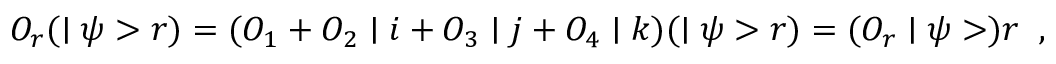
{ \cal O } _ { r } ( \mid \psi > r ) = ( { \cal O } _ { 1 } + { \cal O } _ { 2 } \mid i + { \cal O } _ { 3 } \mid j + { \cal O } _ { 4 } \mid k ) ( \mid \psi > r ) = ( { \cal O } _ { r } \mid \psi > ) r \; \; ,